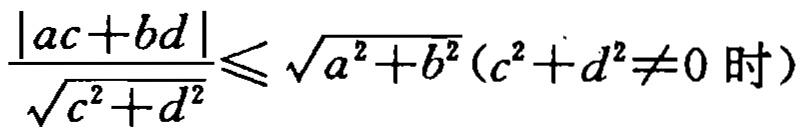
\frac{|ac + bd|}{\sqrt{c^{2}+d^{2}}}\leqslant \sqrt{a^{2}+b^{2}}(c^{2}+d^{2}\neq 0\text{ 时})